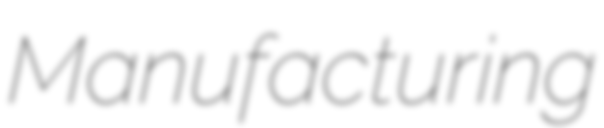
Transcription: Manufacturing